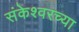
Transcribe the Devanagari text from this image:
संकेश्वरच्या